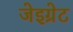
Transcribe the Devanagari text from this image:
जेइग्रेट